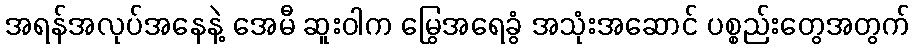
အရန်အလုပ်အနေနဲ့ အေမီ ဆူးဝါက မြွေအရေခွံ အသုံးအဆောင် ပစ္စည်းတွေအတွက်